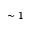
\sim 1